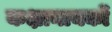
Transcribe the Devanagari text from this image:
कक्षानायकों